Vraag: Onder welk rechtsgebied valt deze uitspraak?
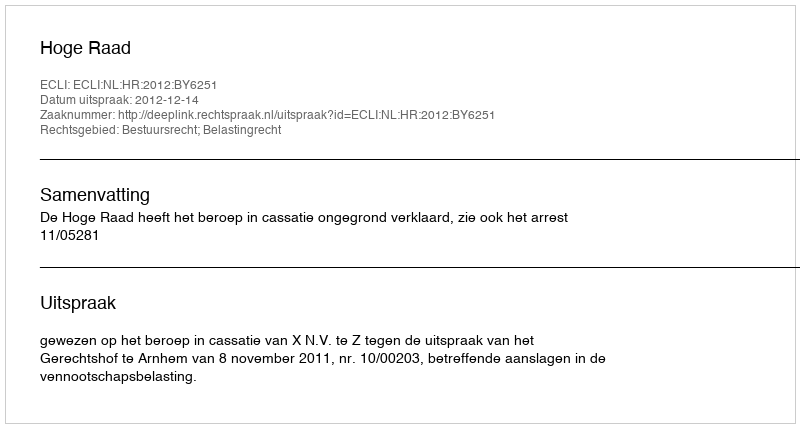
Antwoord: Bestuursrecht; Belastingrecht